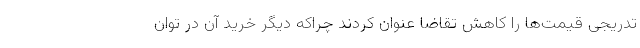
تدریجی قیمت‌ها را کاهش تقاضا عنوان کردند چراکه دیگر خرید آن در توان